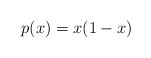
\begin{align*}p(x) = x(1-x)\end{align*}